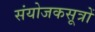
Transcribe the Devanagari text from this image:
संयोजकसूत्रों